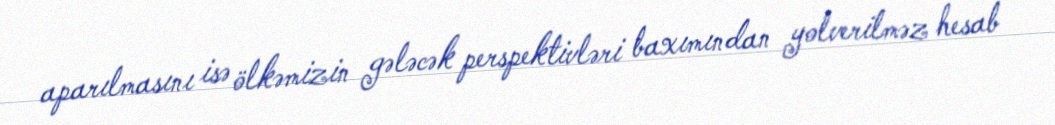
aparılmasını isə ölkəmizin gələcək perspektivləri baxımından yolverilməz hesab